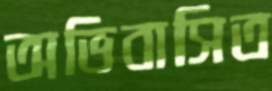
অভিবাসিত